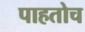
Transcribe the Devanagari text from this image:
पाहतोच